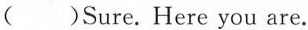
( )Sure.Here you are.